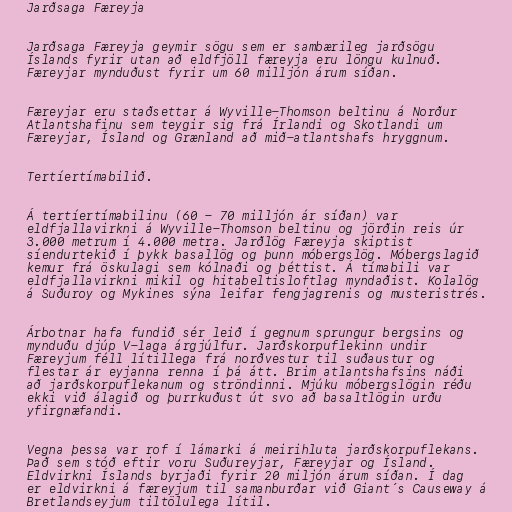
Jarðsaga Færeyja

Jarðsaga Færeyja geymir sögu sem er sambærileg jarðsögu
Íslands fyrir utan að eldfjöll færeyja eru löngu kulnuð.
Færeyjar mynduðust fyrir um 60 milljón árum síðan.

Færeyjar eru staðsettar á Wyville-Thomson beltinu á Norður
Atlantshafinu sem teygir sig frá Írlandi og Skotlandi um
Færeyjar, Ísland og Grænland að mið-atlantshafs hryggnum.

Tertíertímabilið.

Á tertíertímabilinu (60 - 70 milljón ár síðan) var
eldfjallavirkni á Wyville-Thomson beltinu og jörðin reis úr
3.000 metrum í 4.000 metra. Jarðlög Færeyja skiptist
síendurtekið í þykk basallög og þunn móbergslög. Móbergslagið
kemur frá öskulagi sem kólnaði og þéttist. Á tímabili var
eldfjallavirkni mikil og hitabeltisloftlag myndaðist. Kolalög
á Suðuroy og Mykines sýna leifar fengjagrenis og musteristrés.

Árbotnar hafa fundið sér leið í gegnum sprungur bergsins og
mynduðu djúp V-laga árgjúlfur. Jarðskorpuflekinn undir
Færeyjum féll lítillega frá norðvestur til suðaustur og
flestar ár eyjanna renna í þá átt. Brim atlantshafsins náði
að jarðskorpuflekanum og ströndinni. Mjúku móbergslögin réðu
ekki við álagið og þurrkuðust út svo að basaltlögin urðu
yfirgnæfandi.

Vegna þessa var rof í lámarki á meirihluta jarðskorpuflekans.
Það sem stóð eftir voru Suðureyjar, Færeyjar og Ísland.
Eldvirkni Íslands byrjaði fyrir 20 miljón árum síðan. Í dag
er eldvirkni á færeyjum til samanburðar við Giant´s Causeway á
Bretlandseyjum tiltölulega lítil.